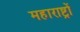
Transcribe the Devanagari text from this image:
महाराष्ट्रों